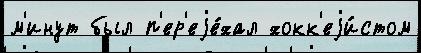
м'инут был п'ер'еjе́хал хокк'еjи́стом